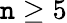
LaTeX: \mathtt{n}\geq5